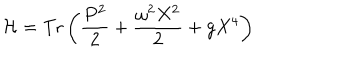
{ \cal H } = \mathrm { T r } \left( \frac { P ^ { 2 } } { 2 } + \frac { \omega ^ { 2 } X ^ { 2 } } { 2 } + g X ^ { 4 } \right)